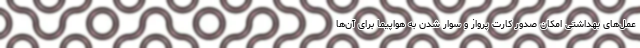
عمل‌های بهداشتی امکان صدور کارت پرواز و سوار شدن به هواپیما برای آن‌ها